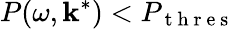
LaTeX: P(\omega,\mathbf{k}^{*})<P_{\mathrm{~t~h~r~e~s~}}